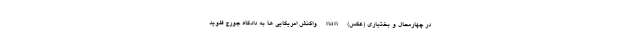
در چهارمحال و بختیاری (عکس) nan واکنش امریکایی ها به دادگاه جورج فلوید